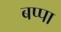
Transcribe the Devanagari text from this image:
बप्‍पा